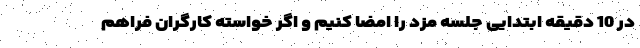
در 10 دقیقه ابتدایی جلسه مزد را امضا کنیم و اگر خواسته کارگران فراهم